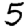
Digit: 5